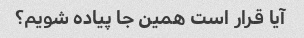
آیا قرار است همین جا پیاده شویم؟